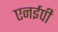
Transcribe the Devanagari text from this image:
एनईपी